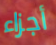
أجزاء